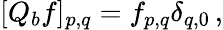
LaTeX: \begin{array}{r}{[Q_{b}f]_{p,q}=f_{p,q}\delta_{q,0}\, ,}\end{array}